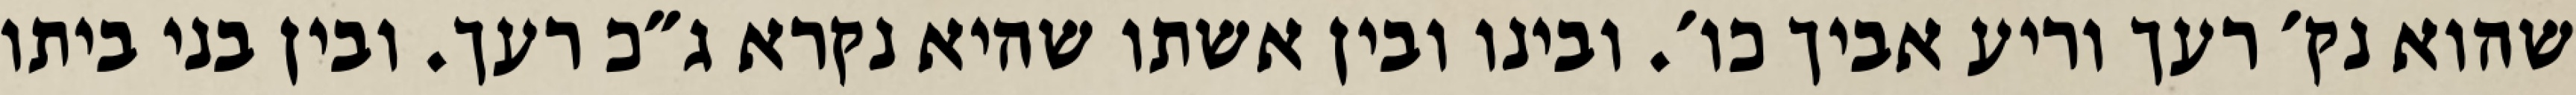
שהוא נק׳ רעך וריע אביך כו׳. ובינו ובין אשתו שהיא נקרא ג״כ רעך. ובין בני ביתו